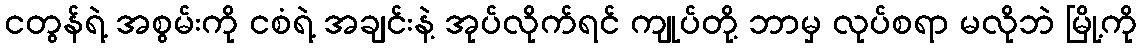
ငတွန်ရဲ့ အစွမ်းကို ငစံရဲ့ အချင်းနဲ့ အုပ်လိုက်ရင် ကျုပ်တို့ ဘာမှ လုပ်စရာ မလိုဘဲ မြို့ကို